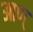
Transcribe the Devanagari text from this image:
आण्